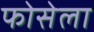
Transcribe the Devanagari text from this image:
फोसेला